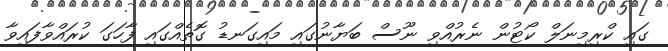
ގައި ކްރިމިނަލް ކޯޓުން ނެރުއްވި ނޫސް ބަޔާނުގައި މައިގަނޑު ގޮތެއްގައި ފާހަގަ ކުރައްވާފައިވާ